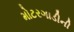
મોટરગાડીની